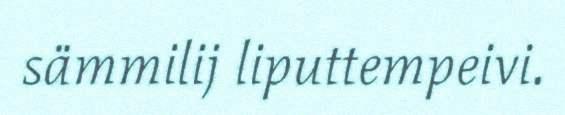
sämmilij liputtempeivi.